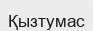
Қызтумас